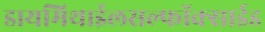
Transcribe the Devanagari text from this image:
डायमिथाईलसल्फॉक्साईड